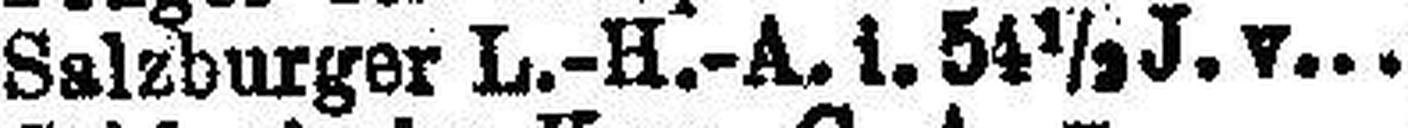
Salzburger L.-H.-A. i. 54½ J. v. 4